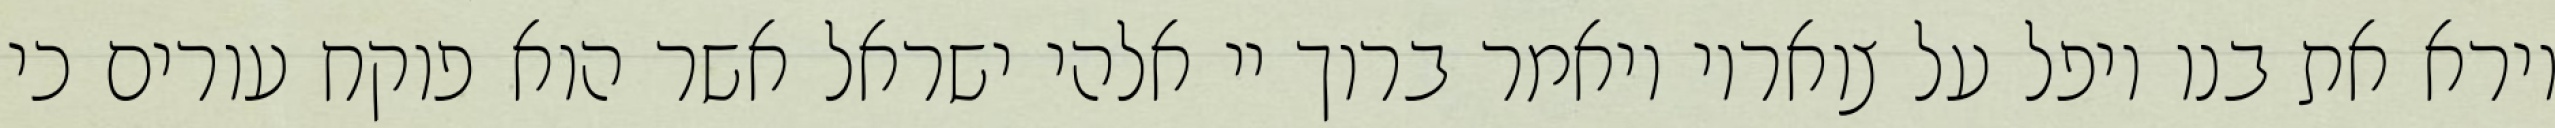
וירא את בנו ויפל על צואריו ויאמר ברוך יי אלהי ישראל אשר הוא פוקח עורים כי